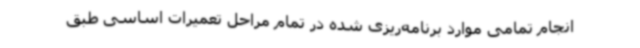
انجام تمامی موارد برنامه‌ریزی شده در تمام مراحل تعمیرات اساسی طبق